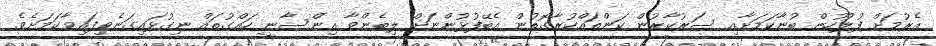
އެރުމަށް ފުލުހުން ބުނާކަމަށާއި ސަރުކާރުން ކަންތައްކުރާގޮތުން އެބޭފުޅުންނަށް ލިބެންވާ އިންސާނީ ހައްގުތައް ނިގުޅައިގަނެވިފައިވާކަމަށެވެ.